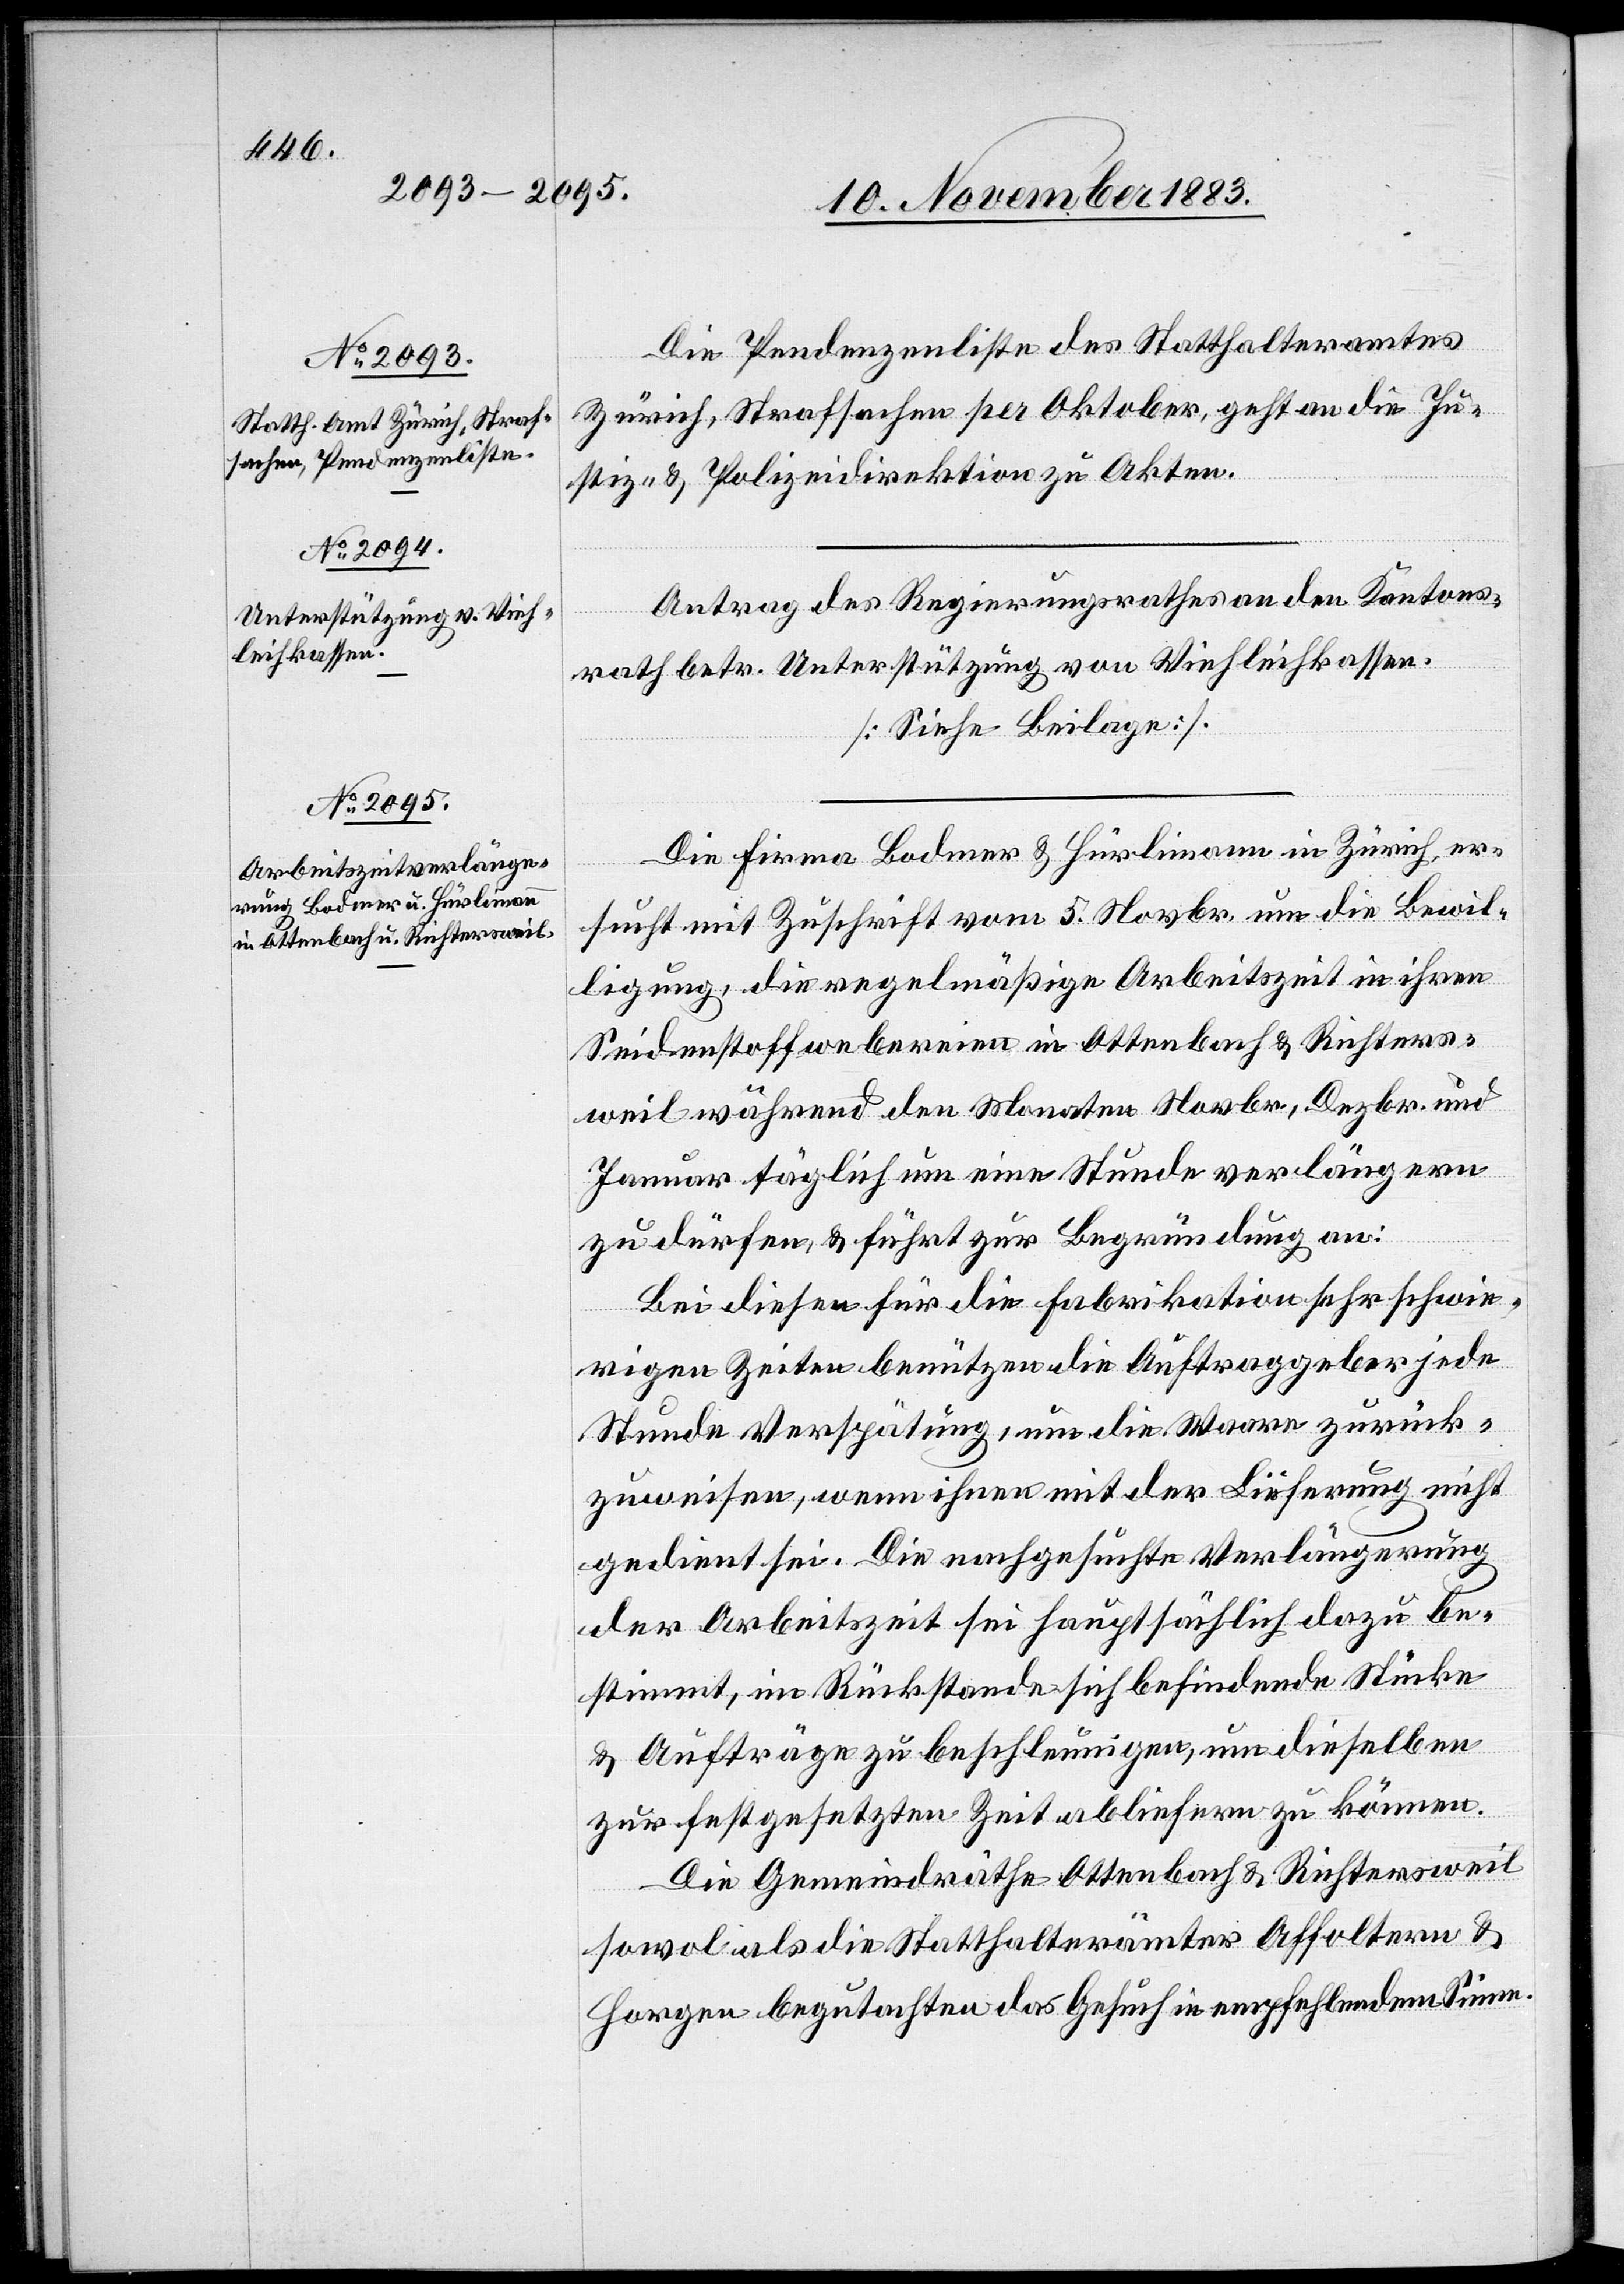
Die Pendenzenliste des Statthalteramtes
Zürich, Strafsachen per Oktober, geht an die Ju¬
stiz- & Polizeidirektion zu Akten.
Antrag des Regierungsrathes an den Kantons¬
rath betr. Unterstützung von Viehleihkassen.
[Siehe Beilage].
Die Firma Bodmer & Hürlimann in Zürich, er¬
sucht mit Zuschrift vom 5. Novbr. um die Bewil¬
ligung, die regelmäßige Arbeitszeit in ihren
Seidenstoffwebereien in Ottenbach & Richters¬
weil während den Monaten Novbr., Dezbr. und
Januar täglich um eine Stunde verlängern
zu dürfen & führt zur Begründung an:
Bei diesen für die Fabrikation sehr schwie¬
rigen Zeiten benützen die Auftraggeber jede
Stunde Verspätung, um die Waare zurück¬
zuweisen, wenn ihnen mit der Lieferung nicht
gedient sei. Die nachgesuchte Verlängerung
der Arbeitszeit sei hauptsächlich dazu be¬
stimmt, im Rückstande sich befindende Stücke
& Aufträge zu beschleunigen, um dieselben
zur festgesetzten Zeit abliefern zu können.
Die Gemeindräthe Ottenbach & Richtersweil
sowol als die Statthalterämter Affoltern &
Horgen begutachten das Gesuch in empfehlendem Sinne.